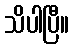
သိပါပြီ။